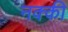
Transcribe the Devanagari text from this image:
नक्‍की